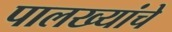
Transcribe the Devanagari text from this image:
पालख्यांचे